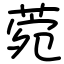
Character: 菀